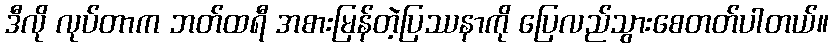
ဒီလို လုပ်တာက ဘတ်ထရီ အစားမြန်တဲ့ပြဿနာကို ပြေလည်သွားစေတတ်ပါတယ်။